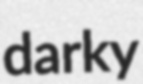
darky